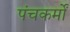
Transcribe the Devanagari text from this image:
पंचकर्मों